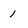
Character: 1